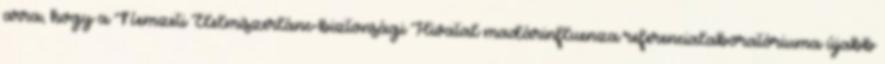
arra, hogy a Nemzeti Élelmiszerlánc-biztonsági Hivatal madárinfluenza referencialaboratóriuma újabb